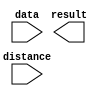
// megafunction wizard: %LPM_CLSHIFT%VBB%
// GENERATION: STANDARD
// VERSION: WM1.0
// MODULE: LPM_CLSHIFT 

// ============================================================
// Megafunction Name(s):
// 			LPM_CLSHIFT
//
// Simulation Library Files(s):
// 			
// ============================================================
// ************************************************************
// THIS IS A WIZARD-GENERATED FILE. DO NOT EDIT THIS FILE!
//
// 13.1.0 Build 162 10/23/2013 SJ Web Edition
// ************************************************************

//Copyright (C) 1991-2013 Altera Corporation
//Your use of Altera Corporation's design tools, logic functions 
//and other software and tools, and its AMPP partner logic 
//functions, and any output files from any of the foregoing 
//(including device programming or simulation files), and any 
//associated documentation or information are expressly subject 
//to the terms and conditions of the Altera Program License 
//Subscription Agreement, Altera MegaCore Function License 
//Agreement, or other applicable license agreement, including, 
//without limitation, that your use is for the sole purpose of 
//programming logic devices manufactured by Altera and sold by 
//Altera or its authorized distributors.  Please refer to the 
//applicable agreement for further details.

module man_shifter (
	data,
	distance,
	result);

	input	[9:0]  data;
	input	[3:0]  distance;
	output	[9:0]  result;

endmodule

// ============================================================
// CNX file retrieval info
// ============================================================
// Retrieval info: PRIVATE: INTENDED_DEVICE_FAMILY STRING "MAX V"
// Retrieval info: PRIVATE: LPM_SHIFTTYPE NUMERIC "0"
// Retrieval info: PRIVATE: LPM_WIDTH NUMERIC "10"
// Retrieval info: PRIVATE: SYNTH_WRAPPER_GEN_POSTFIX STRING "1"
// Retrieval info: PRIVATE: lpm_widthdist NUMERIC "4"
// Retrieval info: PRIVATE: lpm_widthdist_style NUMERIC "0"
// Retrieval info: PRIVATE: new_diagram STRING "1"
// Retrieval info: PRIVATE: port_direction NUMERIC "1"
// Retrieval info: LIBRARY: lpm lpm.lpm_components.all
// Retrieval info: CONSTANT: LPM_SHIFTTYPE STRING "LOGICAL"
// Retrieval info: CONSTANT: LPM_TYPE STRING "LPM_CLSHIFT"
// Retrieval info: CONSTANT: LPM_WIDTH NUMERIC "10"
// Retrieval info: CONSTANT: LPM_WIDTHDIST NUMERIC "4"
// Retrieval info: USED_PORT: data 0 0 10 0 INPUT NODEFVAL "data[9..0]"
// Retrieval info: USED_PORT: distance 0 0 4 0 INPUT NODEFVAL "distance[3..0]"
// Retrieval info: USED_PORT: result 0 0 10 0 OUTPUT NODEFVAL "result[9..0]"
// Retrieval info: CONNECT: @data 0 0 10 0 data 0 0 10 0
// Retrieval info: CONNECT: @direction 0 0 0 0 VCC 0 0 0 0
// Retrieval info: CONNECT: @distance 0 0 4 0 distance 0 0 4 0
// Retrieval info: CONNECT: result 0 0 10 0 @result 0 0 10 0
// Retrieval info: GEN_FILE: TYPE_NORMAL man_shifter.v TRUE
// Retrieval info: GEN_FILE: TYPE_NORMAL man_shifter.inc FALSE
// Retrieval info: GEN_FILE: TYPE_NORMAL man_shifter.cmp FALSE
// Retrieval info: GEN_FILE: TYPE_NORMAL man_shifter.bsf TRUE FALSE
// Retrieval info: GEN_FILE: TYPE_NORMAL man_shifter_inst.v FALSE
// Retrieval info: GEN_FILE: TYPE_NORMAL man_shifter_bb.v TRUE
// Retrieval info: GEN_FILE: TYPE_NORMAL man_shifter_syn.v TRUE